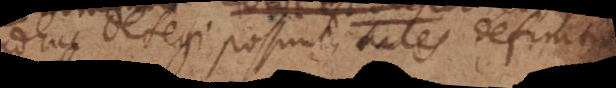
adhuc detegi possunt, tales definitiones